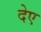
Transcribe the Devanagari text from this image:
देए